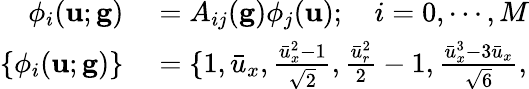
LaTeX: \begin{array}{rl}{\phi_{i}(\mathbf{u};\mathbf{g})}&{{}=A_{ij}(\mathbf{g})\phi_{j}(\mathbf{u});\quad i=0,\cdots,M}\\ {\{ \phi_{i}(\mathbf{u};\mathbf{g})\} }&{{}=\{ 1,\bar{u}_{x},\frac{\bar{u}_{x}^{2}-1}{\sqrt{2}},\frac{\bar{u}_{r}^{2}}{2}-1,\frac{\bar{u}_{x}^{3}-3\bar{u}_{x}}{\sqrt{6}},}\end{array}